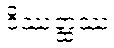
ဝိဿတ္ထဿ